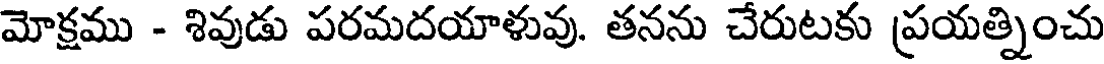
మోక్షము - శివుడు పరమదయాళువు. తనను చేరుటకు ప్రయత్నించు